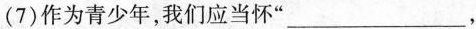
(7)作为青少年，我们应当怀”___，